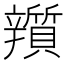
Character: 𨐿